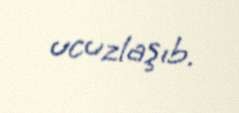
ucuzlaşıb.